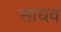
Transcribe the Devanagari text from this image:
साधव